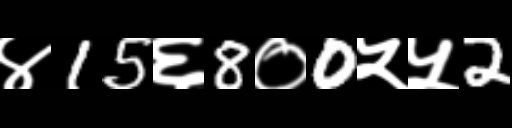
Text: ४15६8०0५५2